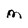
Character: M